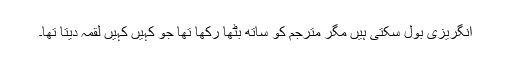
انگریزی بول سکتی ہیں مگر مترجم کو ساتھ بٹھا رکھا تھا جو کہیں کہیں لقمہ دیتا تھا۔